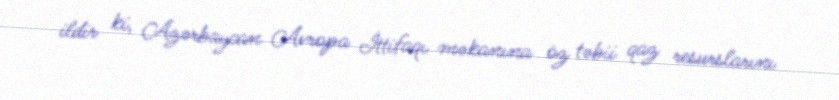
ildir ki, Azərbaycan Avropa İttifaqı məkanına öz təbii qaz resurslarını